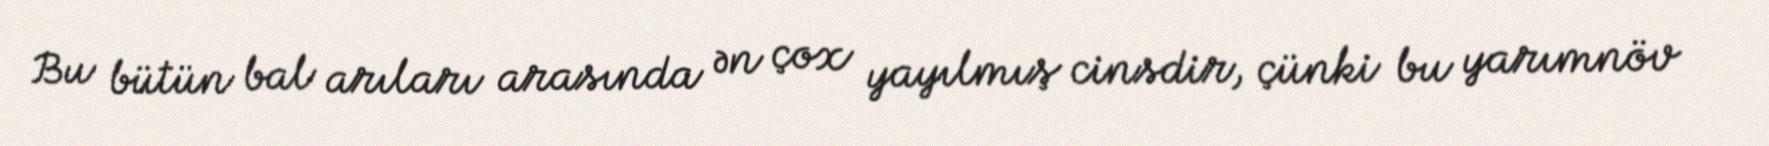
Bu bütün bal arıları arasında ən çox yayılmış cinsdir, çünki bu yarımnöv